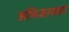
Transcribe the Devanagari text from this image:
अभिजात्यवर्ग